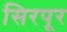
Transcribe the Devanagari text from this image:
सिरपूर